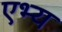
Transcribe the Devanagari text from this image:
एभ्य